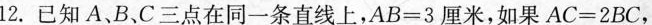
12.已知A、B、C三点在同一条直线上，$$AB=3$$厘米，如果$$AC=2BC$$，